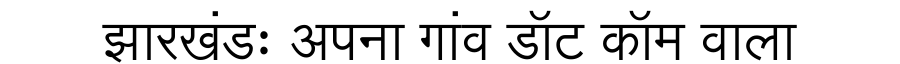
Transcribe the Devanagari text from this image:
झारखंडः अपना गांव डॉट कॉम वाला